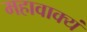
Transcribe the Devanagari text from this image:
महावाक्यं